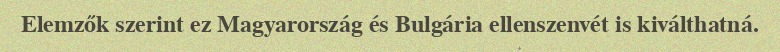
Elemzők szerint ez Magyarország és Bulgária ellenszenvét is kiválthatná.